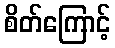
စိတ်ကြောင့်